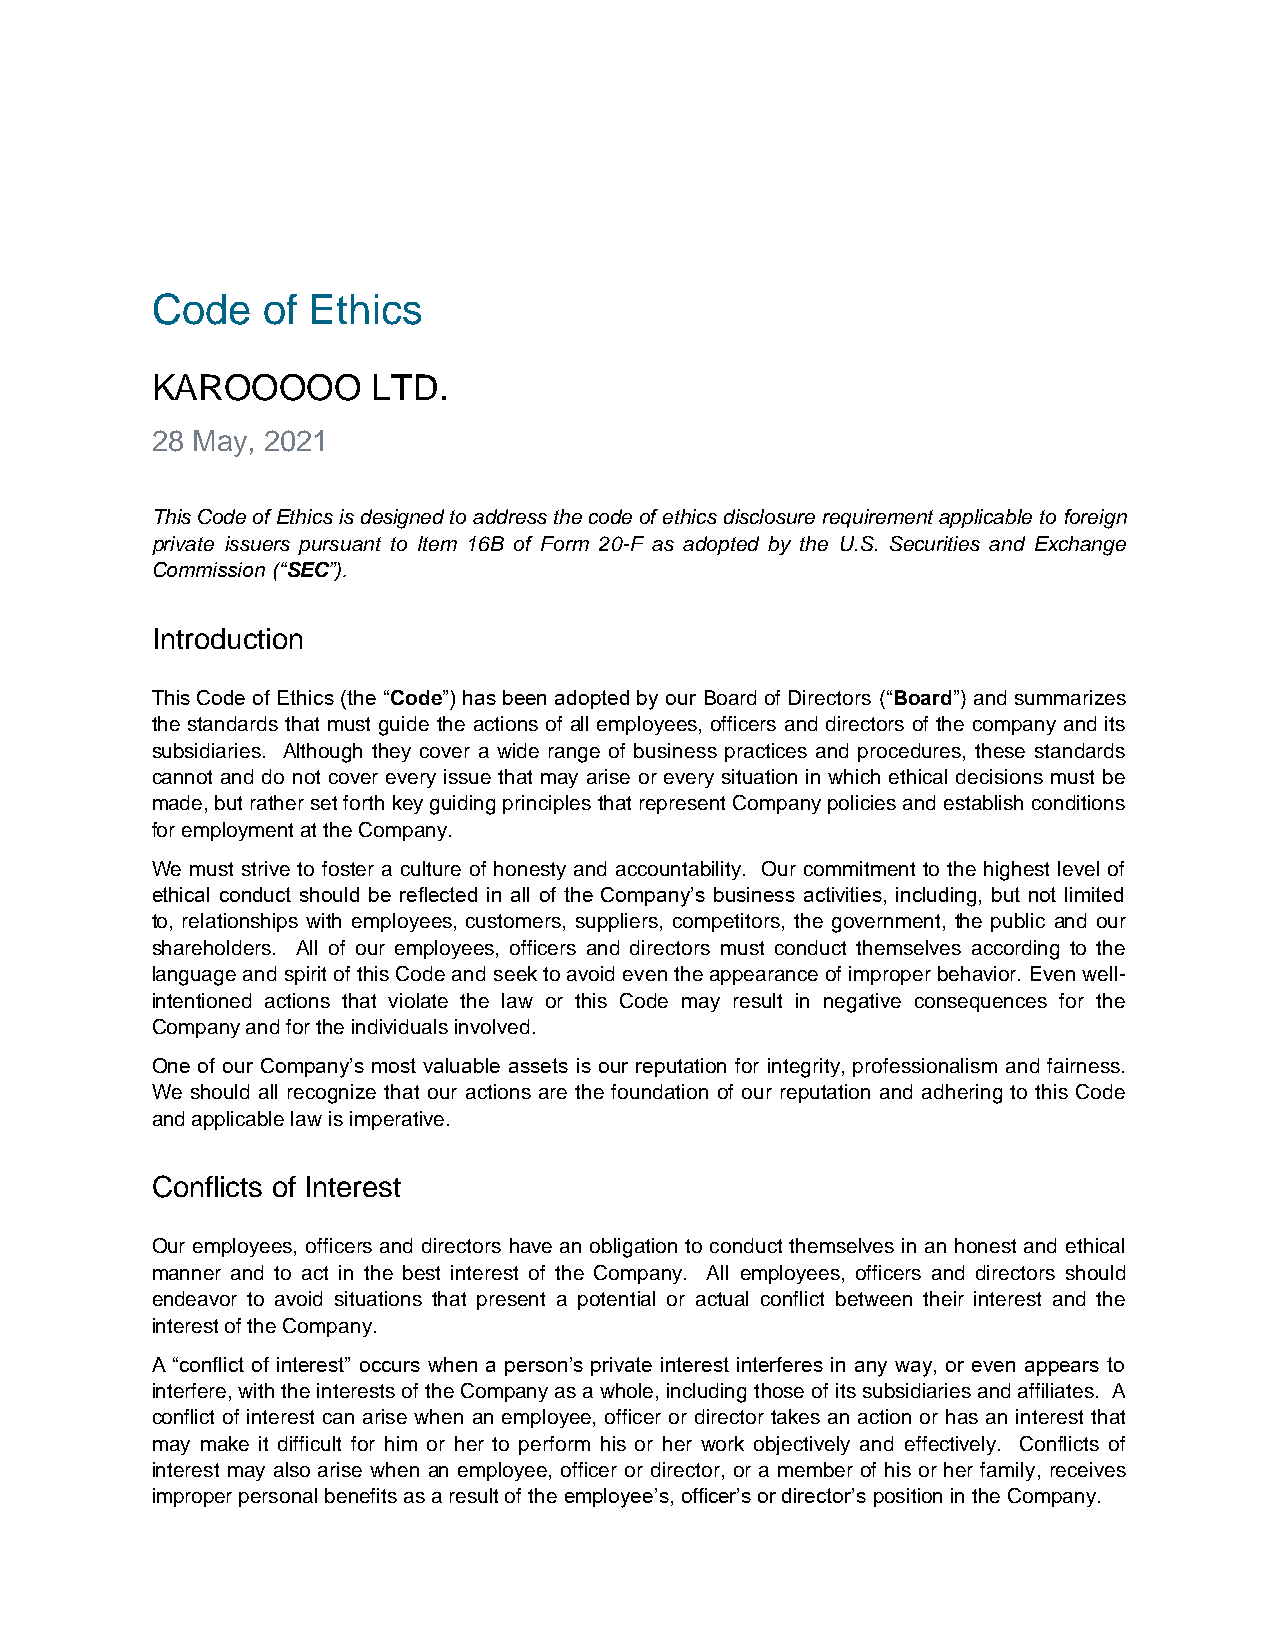
Code   of Ethics
 KAROOOOO       LTD.
 28 May, 2021
 This Code of Ethics is designed to address the code of ethics disclosure requirement applicable to foreign
 private issuers pursuant to Item 16B of Form 20-F as adopted by the U.S. Securities and Exchange
 Commission (“SEC”).
 Introduction
 This Code of Ethics (the “Code”) has been adopted by our Board of Directors (“Board”) and summarizes
 the standards that must guide the actions of all employees, officers and directors of the company and its
 subsidiaries. Although they cover a wide range of business practices and procedures, these standards
 cannot and do not cover every issue that may arise or every situation in which ethical decisions must be
 made, but rather set forth key guiding principles that represent Company policies and establish conditions
 for employment at the Company.
 We must strive to foster a culture of honesty and accountability. Our commitment to the highest level of
 ethical conduct should be reflected in all of the Company’s business activities, including, but not limited
 to, relationships with employees, customers, suppliers, competitors, the government, the public and our
 shareholders. All of our employees, officers and directors must conduct themselves according to the
 language and spirit of this Code and seek to avoid even the appearance of improper behavior. Even well-
 intentioned actions that violate the law or this Code may result in negative consequences for the
 Company and for the individuals involved.
 One of our Company’s most valuable assets is our reputation for integrity, professionalism and fairness.
 We should all recognize that our actions are the foundation of our reputation and adhering to this Code
 and applicable law is imperative.
 Conflicts of Interest
 Our employees, officers and directors have an obligation to conduct themselves in an honest and ethical
 manner and to act in the best interest of the Company. All employees, officers and directors should
 endeavor to avoid situations that present a potential or actual conflict between their interest and the
 interest of the Company.
 A “conflict of interest” occurs when a person’s private interest interferes in any way, or even appears to
 interfere, with the interests of the Company as a whole, including those of its subsidiaries and affiliates. A
 conflict of interest can arise when an employee, officer or director takes an action or has an interest that
 may make it difficult for him or her to perform his or her work objectively and effectively. Conflicts of
 interest may also arise when an employee, officer or director, or a member of his or her family, receives
 improper personal benefits as a result of the employee’s, officer’s or director’s position in the Company.